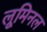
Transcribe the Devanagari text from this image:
लूमिनल